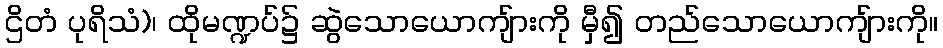
ဌိတံ ပုရိသံ)၊ ထိုမဏ္ဍပ်၌ ဆွဲသောယောကျ်ားကို မှီ၍ တည်သောယောကျ်ားကို။